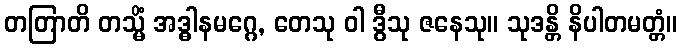
တတြာတိ တသ္မိံ အဒ္ဓါနမဂ္ဂေ, တေသု ဝါ ဒွီသု ဇနေသု။ သုဒန္တိ နိပါတမတ္တံ။